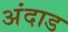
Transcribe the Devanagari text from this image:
अंदाड